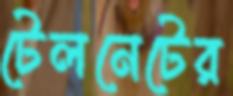
টেলনেটের